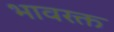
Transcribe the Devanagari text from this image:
भावरक्त